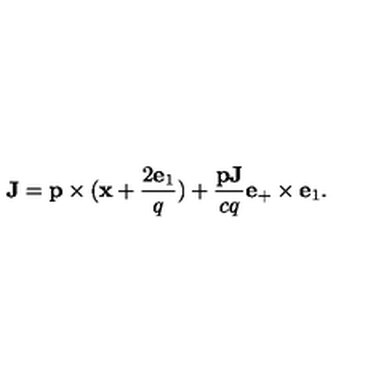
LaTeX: { \bf J } = { \bf p } \times ( { \bf x } + \frac { 2 { \bf e } _ { 1 } } { q } ) + \frac { { \bf p J } } { c q } { \bf e } _ { + } \times { \bf e } _ { 1 } .